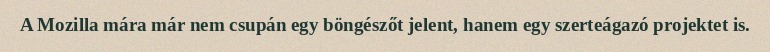
A Mozilla mára már nem csupán egy böngészőt jelent, hanem egy szerteágazó projektet is.